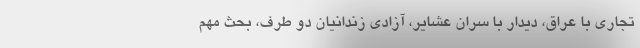
تجاری با عراق، دیدار با سران عشایر، آزادی زندانیان دو طرف، بحث مهم